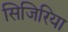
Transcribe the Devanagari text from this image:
सिजिरिया